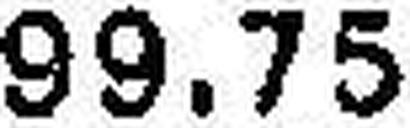
99.75